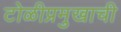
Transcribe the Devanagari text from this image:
टोळीप्रमुखाची